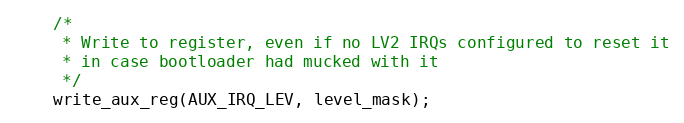
Language: C
	/*
	 * Write to register, even if no LV2 IRQs configured to reset it
	 * in case bootloader had mucked with it
	 */
	write_aux_reg(AUX_IRQ_LEV, level_mask);